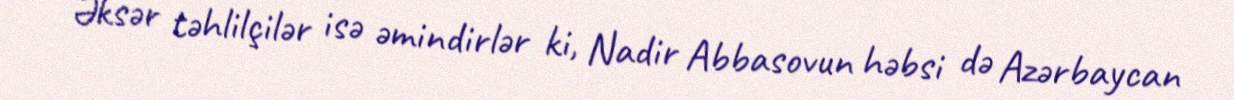
Əksər təhlilçilər isə əmindirlər ki, Nadir Abbasovun həbsi də Azərbaycan